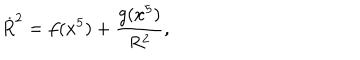
\dot { R } ^ { 2 } = f ( x ^ { 5 } ) + \frac { g ( x ^ { 5 } ) } { R ^ { 2 } } ,